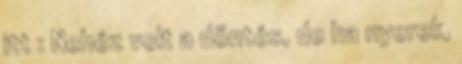
itt : Nehéz volt a döntés, de ha nyerek,